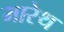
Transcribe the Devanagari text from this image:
मारेथ